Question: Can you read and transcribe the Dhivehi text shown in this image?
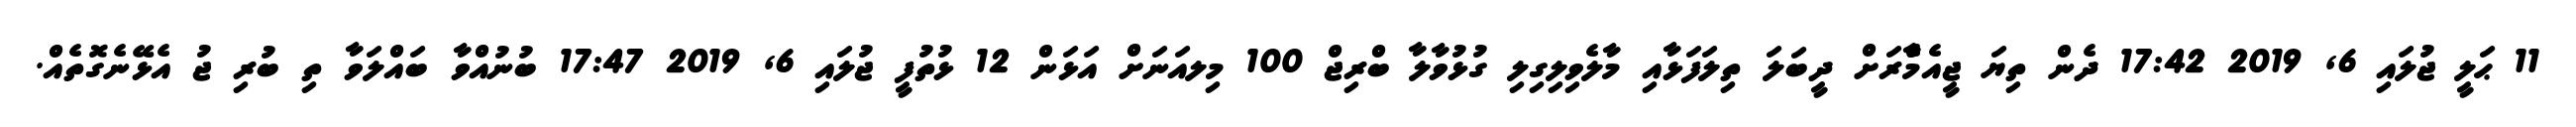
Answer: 11 ޙަލީ ޖުލައި 6, 2019 17:42 ދެން ތިޔަ ޖީއެމްެާރަށް ދީބަލަ ތިލަފަޅާއި މާލެވިލިގިލި ގުޅުވާލާ ބްރިޖް 100 މިލއަނަށް އަޅަން 12 ޅުތުފީ ޖުލައި 6, 2019 17:47 ބުނުއްވާ ބައްލަވާ ތި ބުރި ޖު އެޅޭނެގޮތެއް.